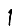
Digit: 1